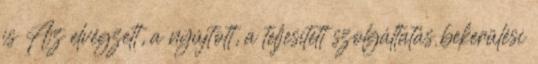
is Az elvégzett, a nyújtott, a teljesített szolgáltatás bekerülési